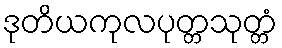
ဒုတိယကုလပုတ္တသုတ္တံ